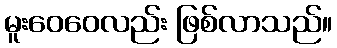
မူးဝေဝေလည်း ဖြစ်လာသည်။